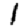
Digit: 1